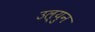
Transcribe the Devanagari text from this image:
उल्युन